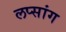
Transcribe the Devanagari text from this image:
लप्सांग